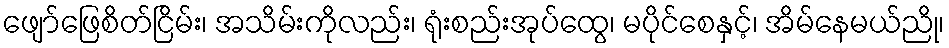
ဖျော်ဖြေစိတ်ငြိမ်း၊ အသိမ်းကိုလည်း၊ ရုံးစည်းအုပ်ထွေ၊ မပိုင်စေနှင့်၊ အိမ်နေမယ်ညို၊